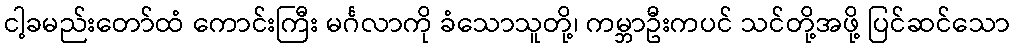
ငါ့ခမည်းတော်ထံ ကောင်းကြီး မင်္ဂလာကို ခံသောသူတို့၊ ကမ္ဘာဦးကပင် သင်တို့အဖို့ ပြင်ဆင်သော